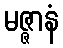
မဇ္ဇာနံ